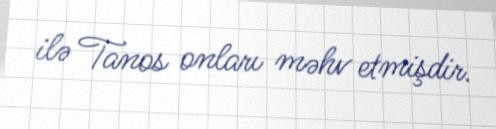
ilə Tanos onları məhv etmişdir.